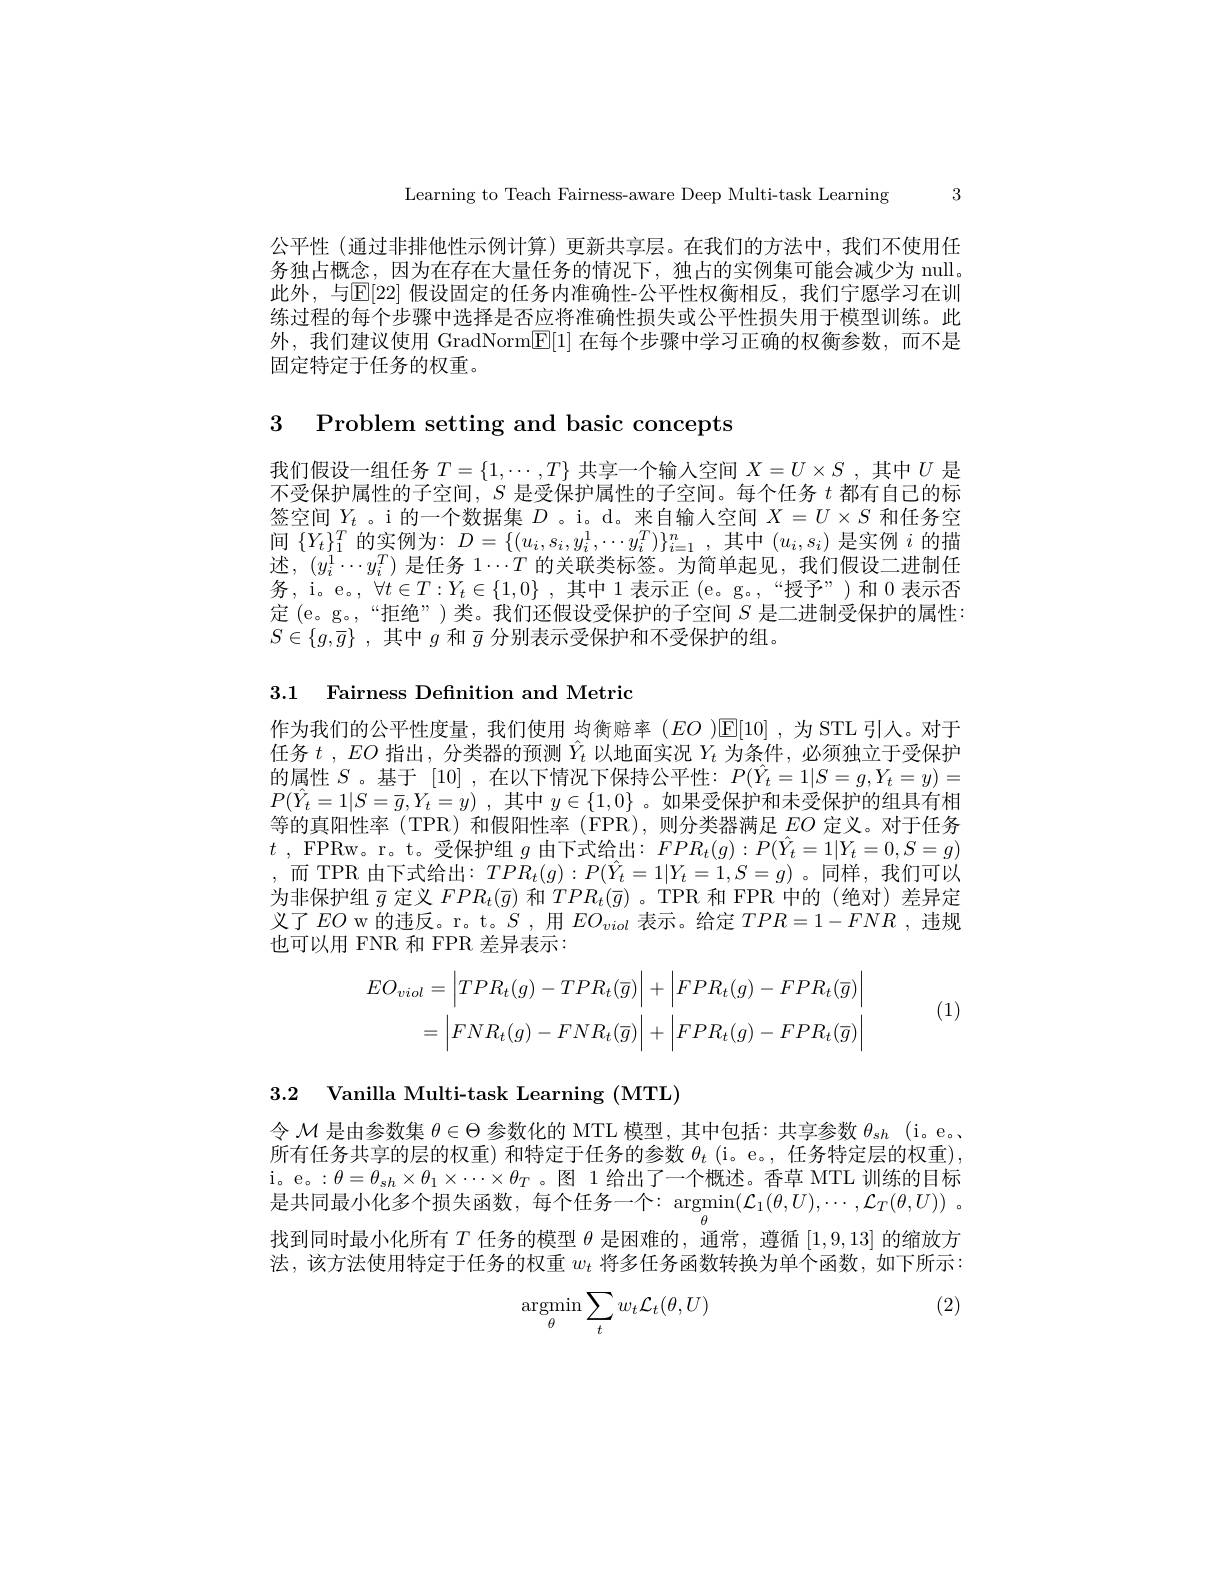
Learning to Teach Fairness-aware Deep Multi-task Learning 3

公平性(通过非排他性示例计算)更新共享层。在我们的方法中，我们不使用任务独占概念，因为在存在大量任务的情况下，独占的实例集可能会减少为 null。此外，与E[22] 假设固定的任务内准确性-公平性权衡相反，我们宁愿学习在训练过程的每个步骤中选择是否应将准确性损失或公平性损失用于模型训练。此外，我们建议使用 GradNorm$\boxed{\mathbb{E}}[1]$在每个步骤中学习正确的权衡参数，而不是固定特定于任务的权重。

3 Problem setting and basic concepts

我们假设一组任务$T=\{1,\cdots,T\}$共享一个输入空间$X=U\times S$ ,其中$U$是不受保护属性的子空间，$S$是受保护属性的子空间。每个任务$t$都有自己的标签空间$Y_t$ 。i 的一个数据集$D$ 。i。d。来自输人空间$X=U\times S$和任务空间$\{Y_t\}_1^T$的实例为$:D=\{(u_i,s_i,y_i^1,\cdots y_i^T)\}_{i=1}^n$,其中$(u_i,s_i)$是实例$i$的描述，$(y_i^1\cdots y_i^T)$是任务$1\cdots T$的关联类标签。为简单起见，我们假设二进制任务，i。e。, $\forall t\in T:Y_t\in\{1,0\}$ ,其中 1 表示正 (e。g。,“授予”)和 0 表示否定(e。g。,“拒绝”)类。我们还假设受保护的子空间$S$是二进制受保护的属性： $S\in \{ g, \overline {g}\}$ , 其中$g$和$\bar{g}$分别表示受保护和不受保护的组。

3.1 Fairness Definition and Metric

作为我们的公平性度量，我们使用 均衡赔率($EO)$▣[10],为 STL 引人。对于任务$t$ , $EO$指出，$\hat {\text{分 类 器 的 预 测 }Y_{t}}$以地面实况$Y_{t}$为条件，必须独立于受保护的属性$S$。基于[10] ,在以下情况下保持公平性：$P(\hat{Y}_t=1|S=g,Y_t=y)=$ $P( \hat{Y} _t= 1| S= \bar{g} , \dot{Y} _t= y)$ ,其中$y\in\{1,0\}$ 。如果受保护和未受保护的组具有相等的真阳性率(TPR)和假阳性率(FPR),则分类器满足$EO$ 定义。对于任务$t$ , FPRw。r。t。受保护组$g$由下式给出：$FPR_t(g):P(\hat{Y}_t=1|Y_t=0,S=g)$ ,而 TPR 由下式给出：$TPR_t(g):P(\hat{Y}_t=1|Y_t=1,S=g)$。同样，我们可以为非保护组$\bar{g}$定义$FPR_t(\bar{g})$和$TPR_t(\bar{g})$ 。TPR 和 FPR 中的 (绝对)差异定义了$EO$ w 的违反。r。t。$S$,用$EO_viol$表示。给定$TPR=1-FNR$,违规也可以用 FNR 和 FPR 差异表示：
(1)
$$EO_{viol}=\left|TPR_{t}(g)-TPR_{t}(\overline{g})\right|+\left|FPR_{t}(g)-FPR_{t}(\overline{g})\right|\\=\left|FNR_{t}(g)-FNR_{t}(\overline{g})\right|+\left|FPR_{t}(g)-FPR_{t}(\overline{g})\right|$$
3.2 Vanilla Multi-task Learning (MTL)

令$\mathcal{M}$是由参数集$\theta\in\Theta$参数化的 MTL 模型，其中包括：共享参数$\theta_{sh}$ (i。e。、 所有任务共享的层的权重)和特定于任务的参数$\theta_t$ (i。e。, 任务特定层的权重) i。e。: $\theta$= $\theta _{sh}\times \theta _1\times \cdots \times \theta _T$。图 1给出了一个概述。香草 MTL 训练的目标是共同最小化多个损失函数，每个任务一个：$\operatorname*{argmin}_{\theta}(\mathcal{L}_1(\theta,U),\cdots,\mathcal{L}_T(\theta,U))~.$ 找到同时最小化所有$T$任务的模型$\theta$是困难的，通常，遵循[1,9,13]的缩放方法，该方法使用特定于任务的权重$w_t$将多任务函数转换为单个函数，如下所示：

(2)
$$\mathop{\mathrm{argmin}}_{\theta}\sum_{t}w_{t}\mathcal{L}_{t}(\theta,U)$$